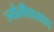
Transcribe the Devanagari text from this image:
ज्योतीप्रसाद